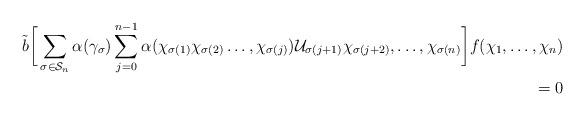
LaTeX: \begin{align*} \tilde{b}\bigg[\sum\limits_{\sigma\in \mathcal{S}_n}\alpha(\gamma_{\sigma})\sum\limits_{j=0}^{n-1}\alpha(\chi_{\sigma(1)}\chi_{\sigma(2)}\ldots, \chi_{\sigma(j)})\mathcal{U}_{\sigma(j+1)}\chi_{\sigma(j+2)},\ldots,\chi_{\sigma(n)}\bigg] f(\chi_1,\ldots,\chi_n)\\ =0 \end{align*}